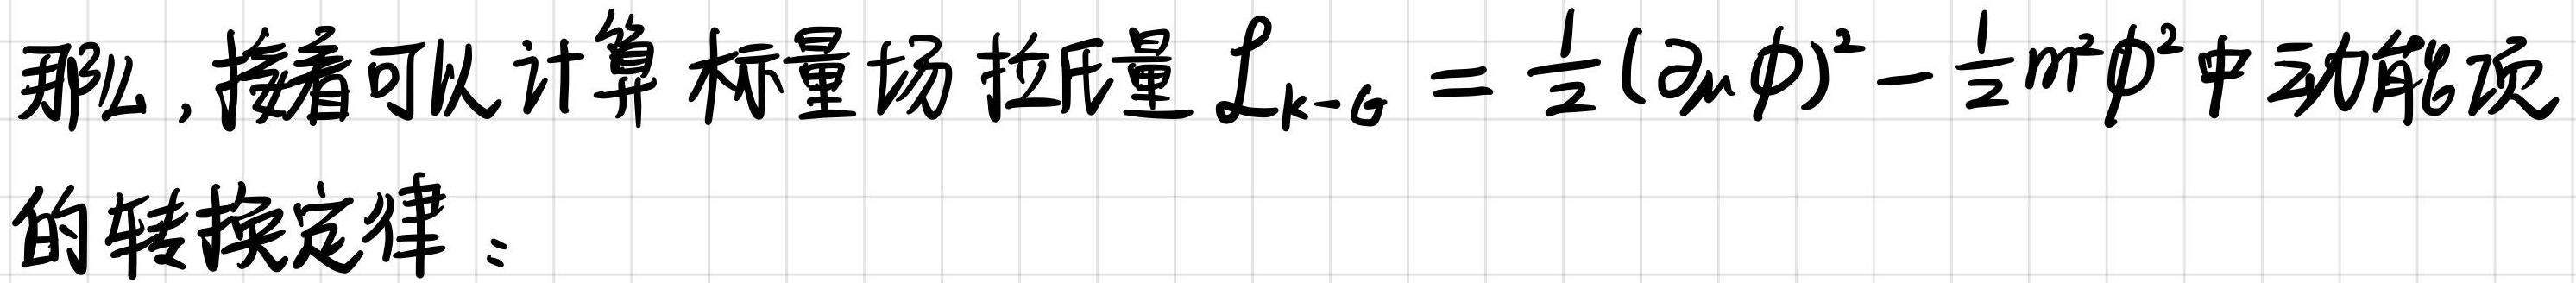
那么, 接着可以计算标量场拉氏量 $\mathcal{L}_{k - \mathrm{G}} = \frac{1}{2}(\partial_{\mu}\phi)^2 - \frac{1}{2}m^2\phi^2$ 中动能项的转换定律：